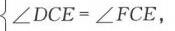
\(\angle DCE=\angle FCE\)